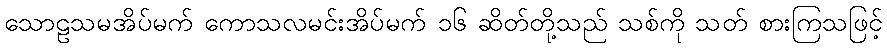
သောဠသမအိပ်မက် ကောသလမင်းအိပ်မက် ၁၆ ဆိတ်တို့သည် သစ်ကို သတ် စားကြသဖြင့်